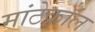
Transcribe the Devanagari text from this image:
मांटेकॉल